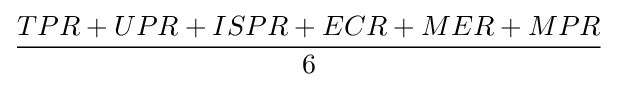
{\frac {TPR+UPR+ISPR+ECR+MER+MPR}{6}}